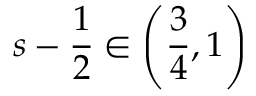
s - \frac { 1 } { 2 } \in \left( \frac { 3 } { 4 } , 1 \right)